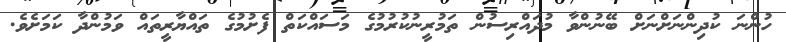
ހުންނަ ކުދިންނަށްނަށް ބޭނުންވާ މުދައްރިސުން ތަމުރީނުކުރުމުގެ މަސައްކަތް ފެށުމުގެ ތައްޔާރީތައް ވަމުންދާ ކަމަށެވެ.